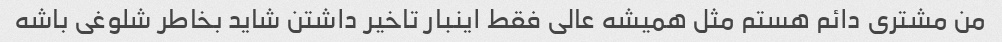
من مشتری دائم هستم مثل همیشه عالی فقط اینبار تاخیر داشتن شاید بخاطر شلوغی باشه